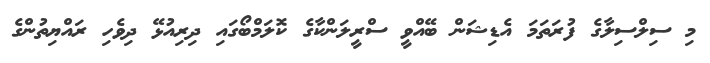
މި ސިލްސިލާގެ ފުރަތަމަ އެޑިޝަން ބޭއްވީ ސްރީލަންކާގެ ކޮލަމްބޯގައި ދިރިއުޅޭ ދިވެހި ރައްޔިތުންގެ